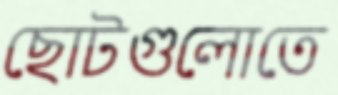
ছোটগুলোতে